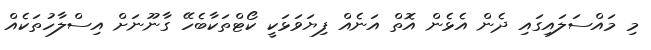
މި މައްސަލައިގައި ދެން އެޅެން އޮތް އަނެއް ފިޔަވަޅަކީ ކޯޓްތަކާބެހޭ ގާނޫނަށް އިސްލާހުތަކެއް